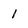
Character: 1